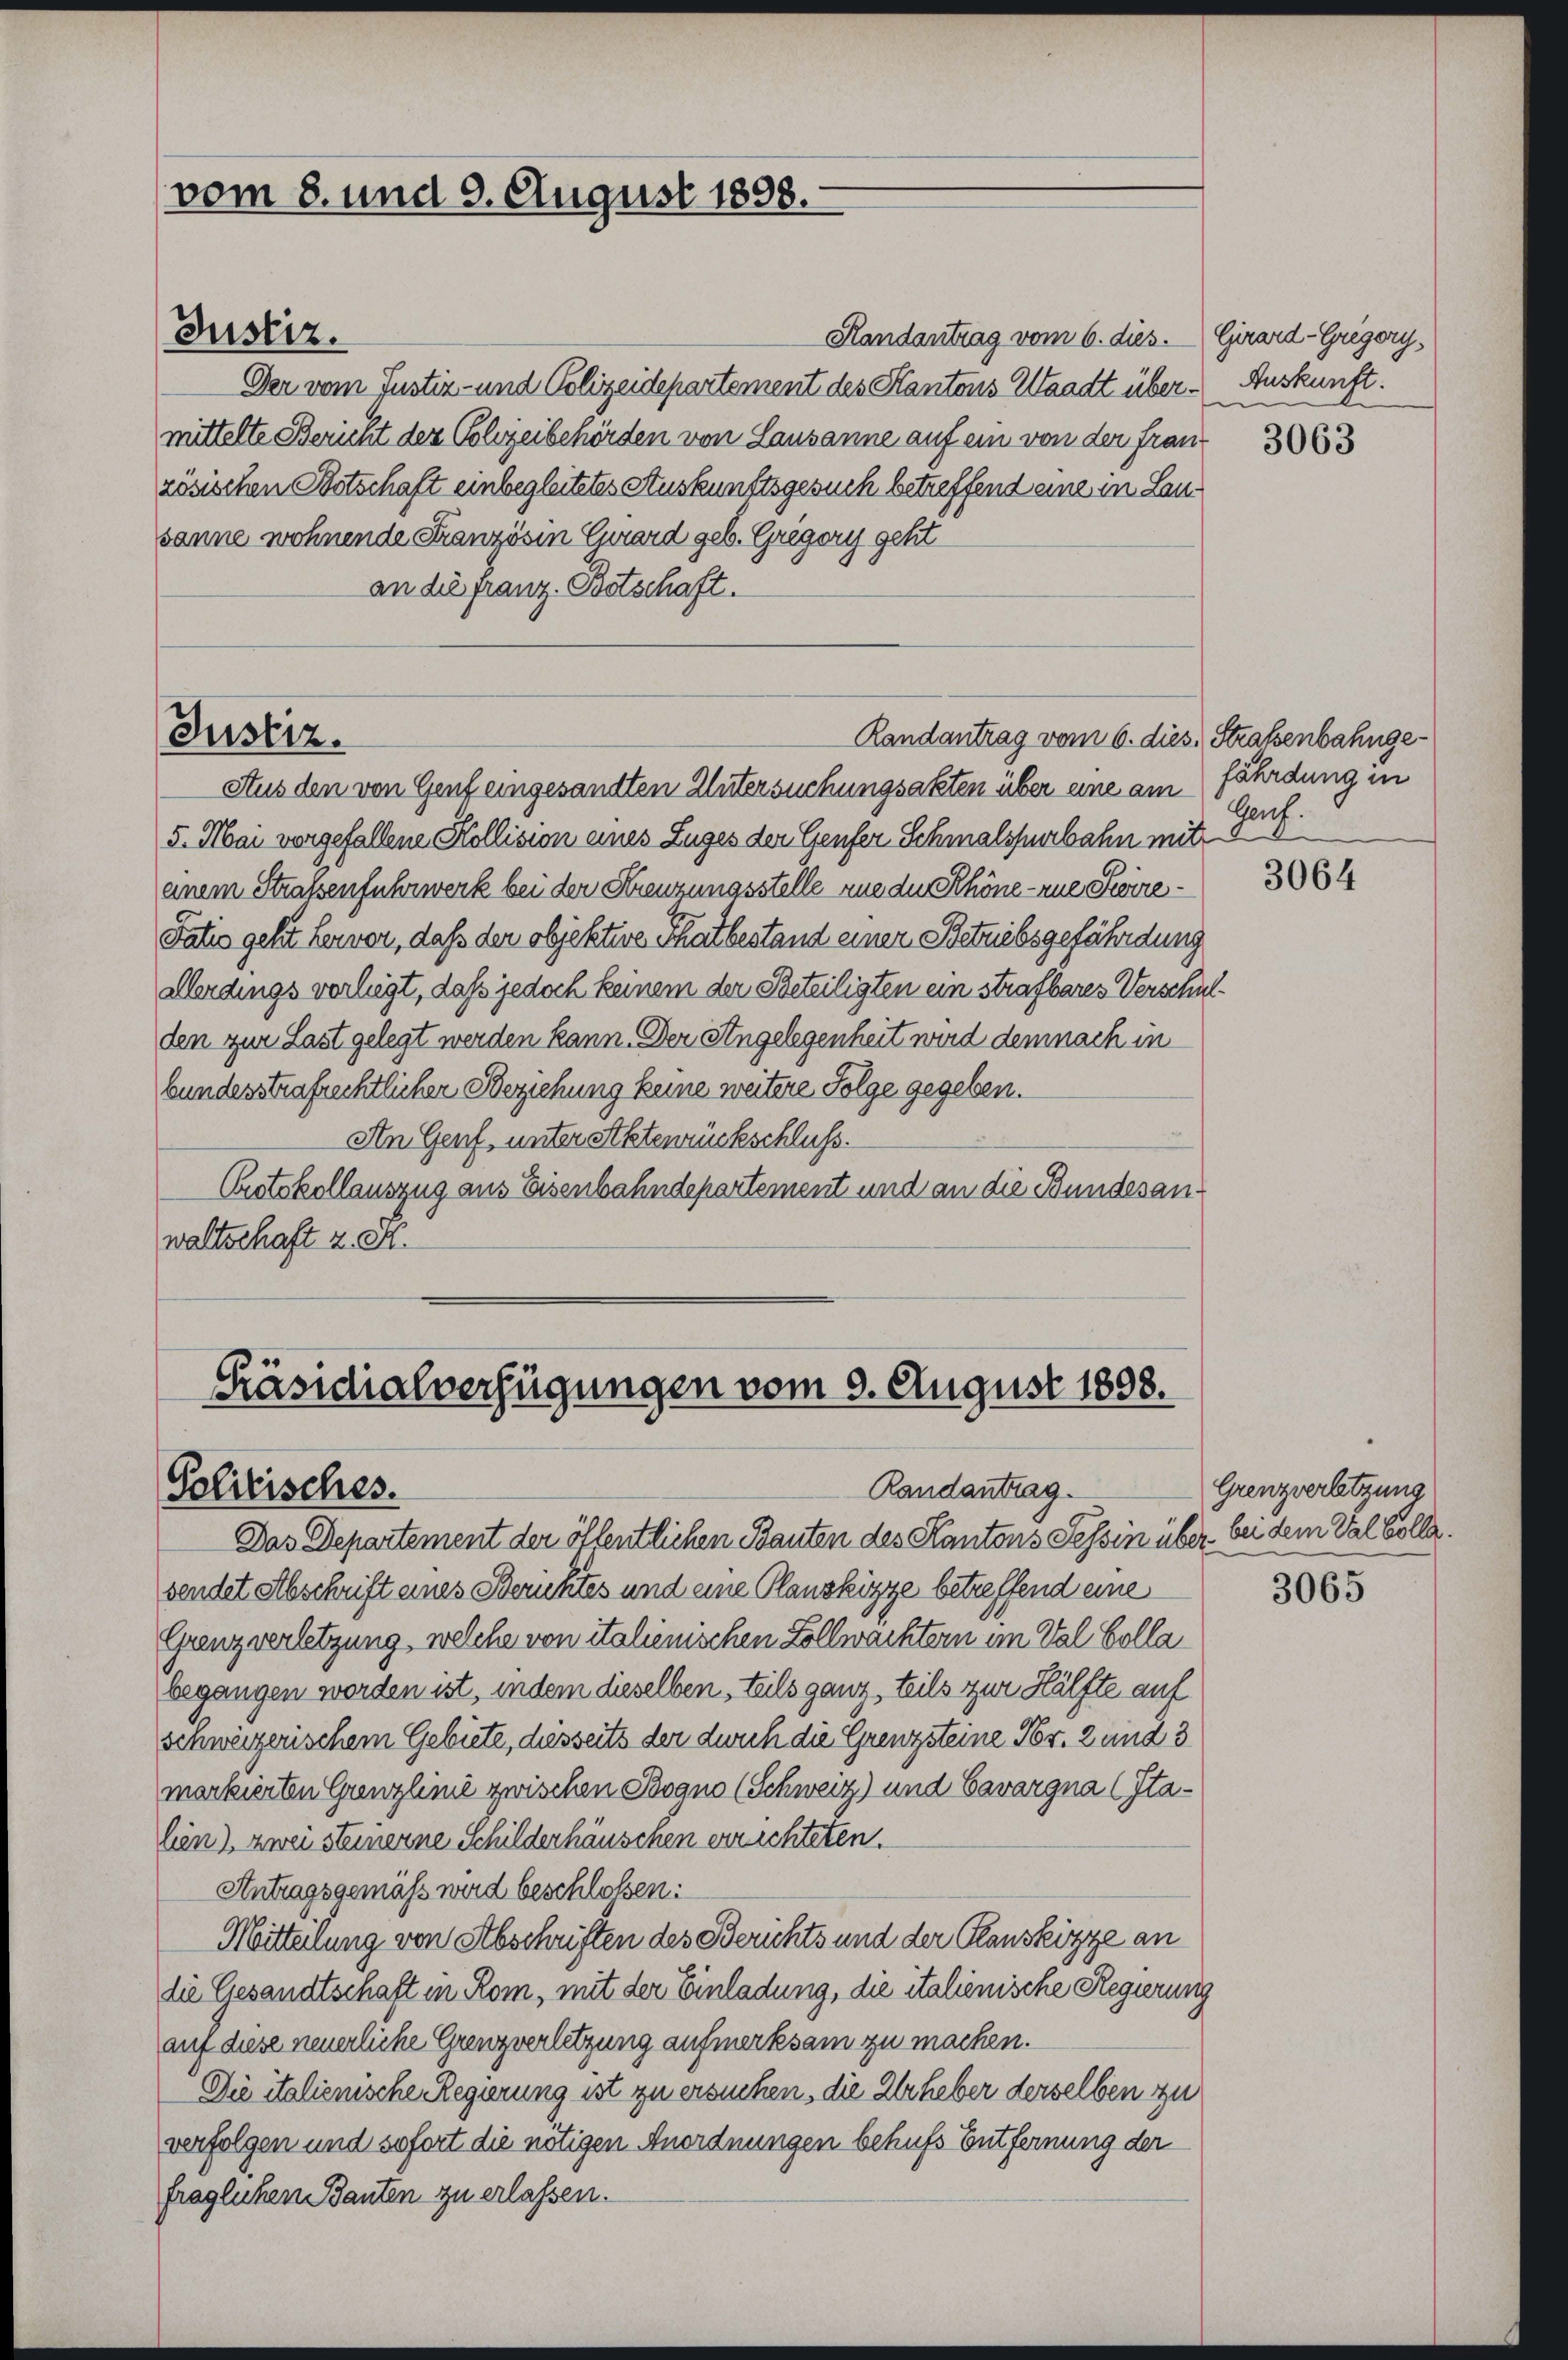
vom 8. und 9. August 1898.

Randantrag vom 6. dies. Girard-Gregory¬
Der vom Justiz- und Polizeidepartement des Kantons Waadt über Auskunft.
mittelte Bericht der Polizeibehörden von Lausanne auf ein von der fran
zösischen Botschaft einbegleitetes Auskunftsgesuch betreffend eine in Lausanne wohnende Französin Chard geb. Gregory geht
an die Franz Botschaft.
Aus den von Genf eingesandten Untersuchungsakten über eine am
5. Mai vorgefallene Kollision eines Zuges der Genfer Schmalspurbahn mit
einem Straßenfuhrwerk bei der Kreuzungsstelle nie du Schöne - eue Steire¬
Falio geht hervor, daß der objektive Thatbestand einen Betriebsgefährdung
Aerdings vorliegt, daß jedoch keinem der Beteiligten ein strafbares Verschulden zur Last gelegt werden kann. Der Angelegenheit wird demnach in
bundesstrafrechtlicher Beziehung keine weitere Folge gegeben.
An Genf, unter Aktenrückschluss.
Protokollauszug aus Eisenbahndepartement und an die Bundesanwaltschaft z. M.

Justiz.

Justiz.

Das Departement der öffentlichen Bauten des Kantons Tessin über bei dem Val Colle.
sendet Abschrift eines Berichtes und eine Planskizze betreffend eine
Grenz verletzung, welche von italienischen Zollwachtern im Val Colla
begangen worden ist, indem dieselben, teils ganz, teils zur Hälfte auf
schweizerischem Gebiete, diesseits der durch die Grenzsteine Fr. 2 und 3
markierten Grenzlinie zwischen Bogno (Schweiz) und Cavargna (Italien), zwei Steinerne Schilderhäuschen errichteten.
Antragsgemäss wird beschlossen:
Mitteilung von Abschriften des Berichts und der Planskizze an
die Gesandtschaft in Rom, mit der Einladung, die italienische Regierung
auf diese neuerliche Grenzverletzung aufmerksam zu machen.
Die italienische Regierung ist zu ersuchen, die Urheber derselben zu
verfolgen und sofort die nötigen Anordnungen behufs Entfernung der
fraglichen Bauten zu erlassen.

Randantrag vom 6. dies Straßenbahnge¬

Präsidialverfügungen vom 9. August 1808.
Randantrag.
Politisches.

3063

fährdung in
Genf.

3064

Grenzverletzung

3065